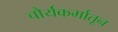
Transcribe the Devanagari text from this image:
चौर्यकर्मातून